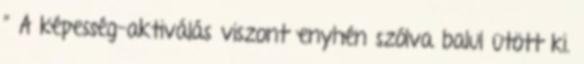
” A képesség-aktiválás viszont enyhén szólva balul ütött ki.